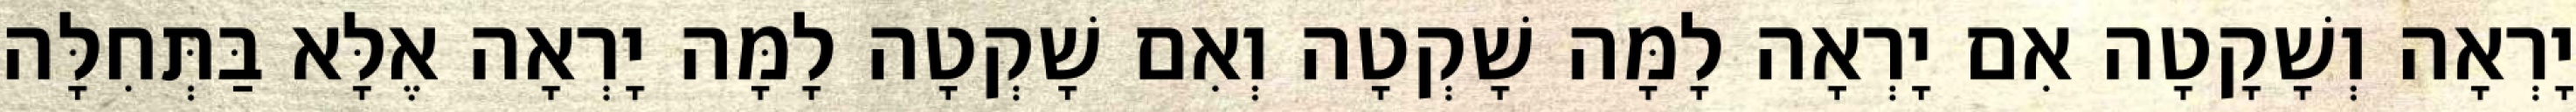
יָרְאָה וְשָׁקָטָה אִם יָרְאָה לָמָּה שָׁקְטָה וְאִם שָׁקְטָה לָמָּה יָרְאָה אֶלָּא בַּתְּחִלָּה